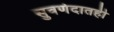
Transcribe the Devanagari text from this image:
सुवर्णदातही